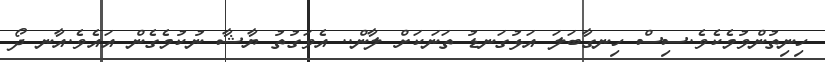
ހިނިތުންވުމެކެވެ.ސިސް ހިނގާބަލަ އަޅުގަނޑު ތަނަކަށް ލާން.. އެވަގުތު ޔާޝާ ނުކުމެގެން އައެވެ.އާނ ދޯ